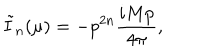
\tilde { I } _ { n } ( \mu ) = - p ^ { 2 n } \frac { i M p } { 4 \pi } ,